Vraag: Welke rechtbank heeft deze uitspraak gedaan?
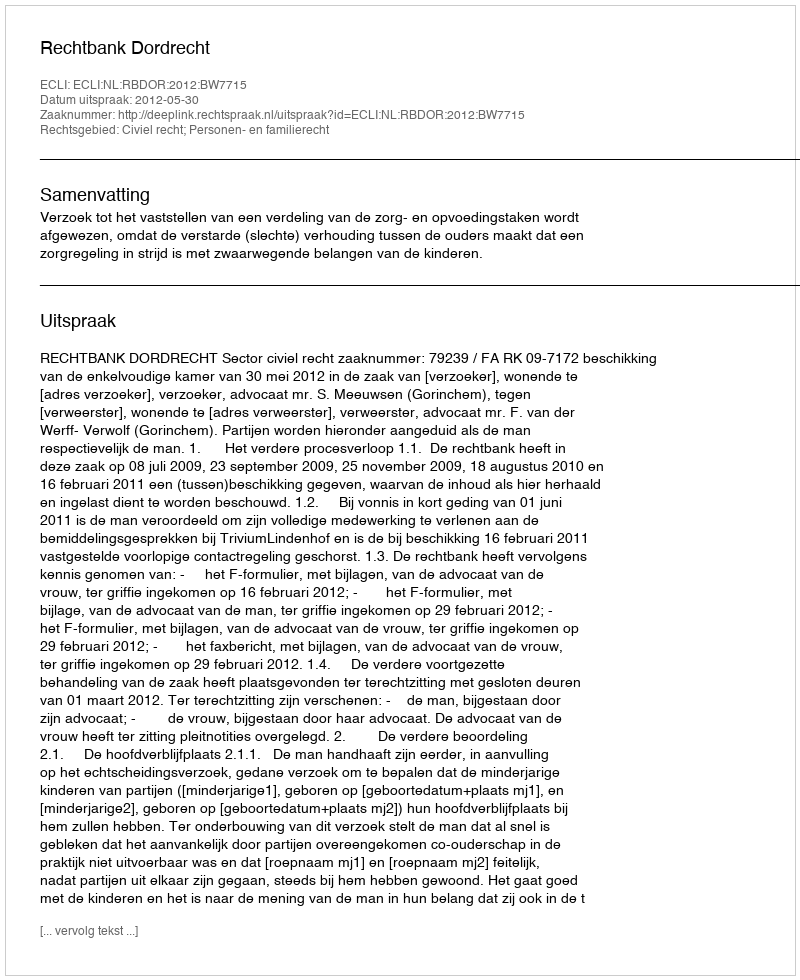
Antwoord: Rechtbank Dordrecht